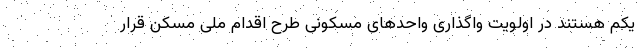
یکم هستند در اولویت واگذاری واحدهای مسکونی طرح اقدام ملی مسکن قرار